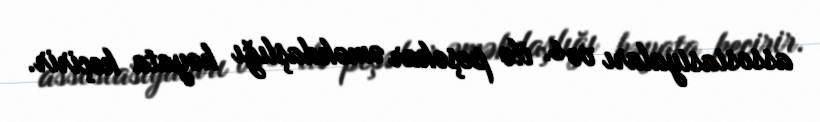
assosiasiyaları və s. ilə peşəkar əməkdaşlığı həyata keçirir.